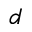
d